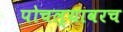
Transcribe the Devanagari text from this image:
पोचल्यावरच